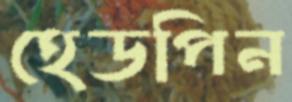
হেডপিন